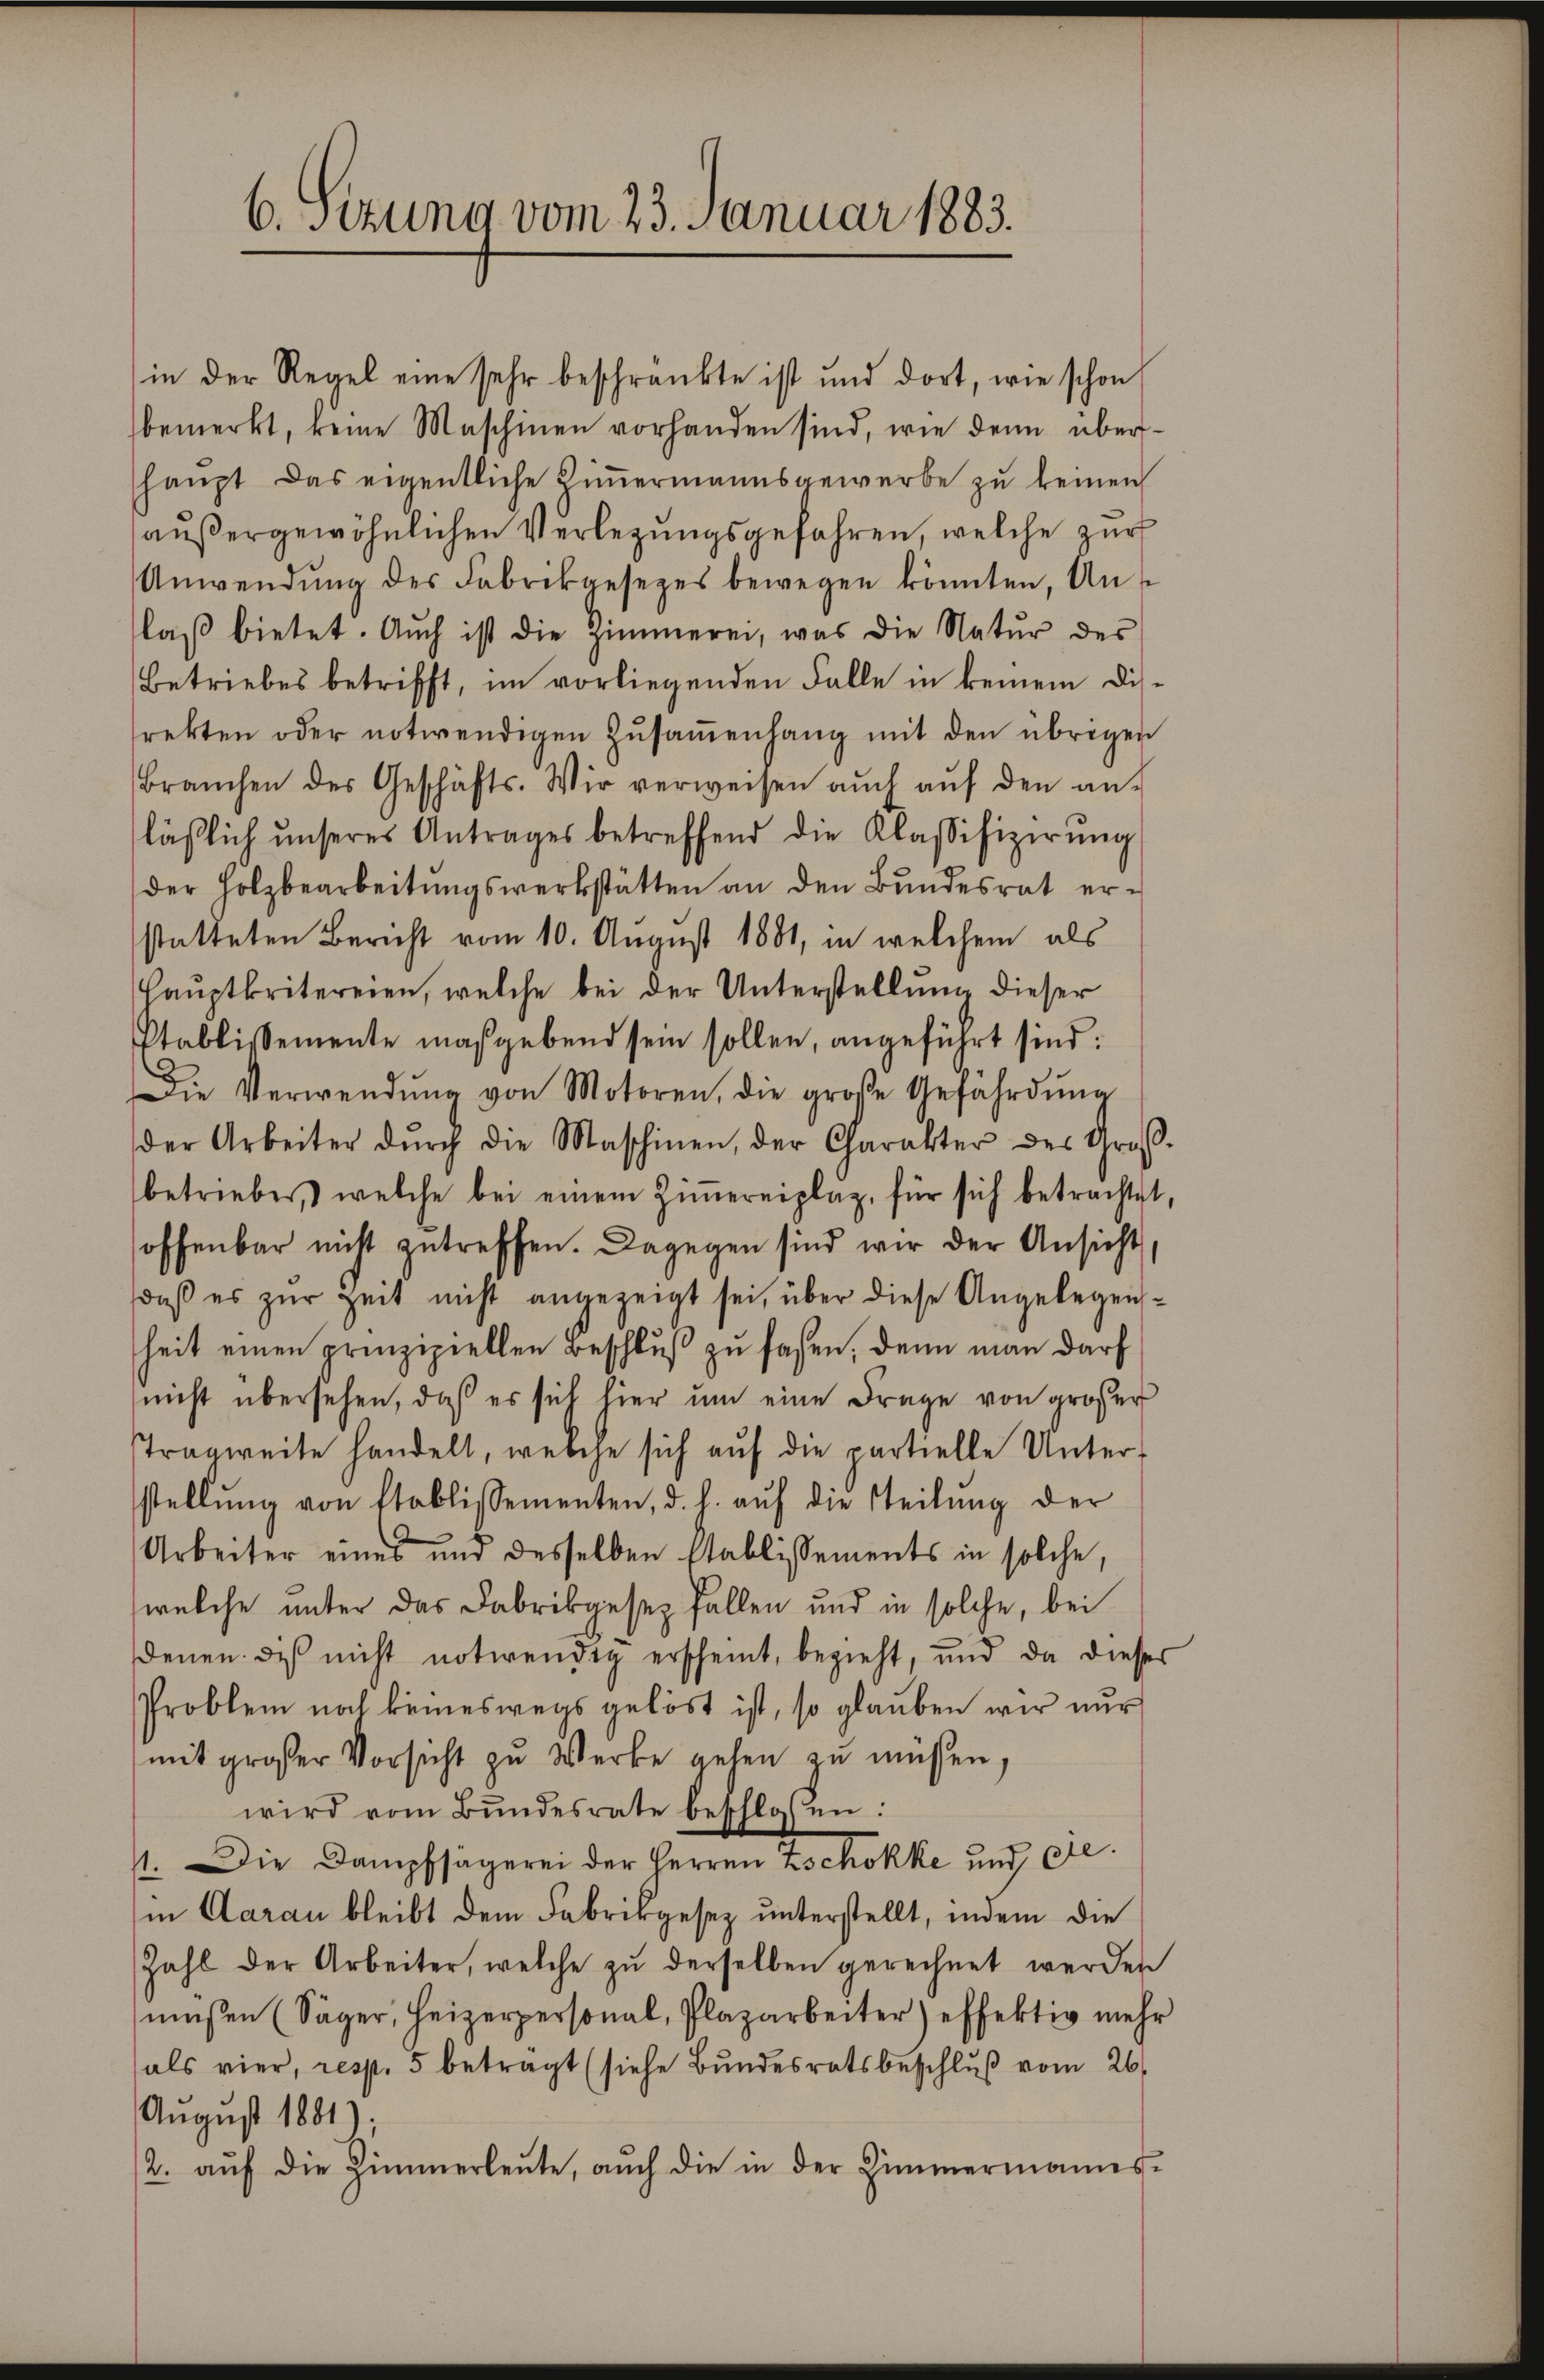
6. Setzung vom 23. Januar 1883.

Anwendŭng des Fabrikgesezes bewegen könnten, Unt
laβ bietet. Aŭch ist die Zimmerei, was die Natŭr des
Betriebes betrifft, im vorliegenden Falle in keinem Dis-
rekten oder notwendigen Zŭsaṁenhang mit den übrigen
braŭchen des Geschäfts. Wir verweisen aŭch aŭf den an-
läβlich ŭnseres Antrages betreffend die Klassifizierŭng
der Holzbearbeitŭngswerkstätten an den Bŭndesrat er-
statteten Bericht vom 10. August 1881, in welchem als
Haŭptkritereien, welche bei der Unterstellung dieser
Stablissemente maßgebend sein sollen, angeführt sind:
Die Verwendŭng von Motoren, die große Gefährdŭng
der Arbeiter dŭrch die Maschinen, der Charakter des Groß-
betrieber, welche bei einem Ziṁereiplaz, für sich betrachtet,
hoffenbar nicht zutreffen. Dagegen sind wir der Ansicht
daß es zur Zeit nicht angezeigt sei, über diese Angelegenheit einen prinzipiellen Beschluß zu faßen, denn man darf
nicht übersehen, daß es sich hier um eine Frage von großer
Tragweite handelt, welche sich aŭf die partielle Unter-
stellŭng von Etablissementen, d. h. aŭf die Teilŭng der
Arbeiter eines und desselben Etablissements in solche,
welche unter das Fabrikgesez fallen und in solche, bei
denen des nicht notwendig erscheint, bezieht, und da dieser
Problem noch keineswegs gelöst ist, so glauben wir nur
mit großer Vorsicht zu Werke gehen zu müssen,
wird vom Bundesrate beschlossen:
11. Die Dampfsägerei der Herren Zschokke und de
in Aarau bleibt dem Fabrikgesez unterstellt, indem die
Zahl der Arbeiter, welche zŭ derselben gerechnet werden
müßen (Säger, Heizerpersonal, Plazarbeiter) effektiv mehr
als vier, resp. 5 betragt (siehe Bŭndesratsbeschlŭβ vom 26.
August 1881).
2. aŭf die Zimmerleute, auch die in der Zimmermanns-

in der Regel eine sehr beschränkte ist und dort, wie schon
bemerkt, keine Maschinen vorhanden sind, wie denn überhaupt das eigentliche Zimmermannsgewerbe zu keinen
außergewöhnlichen Verlegungsgefahren, welche zur